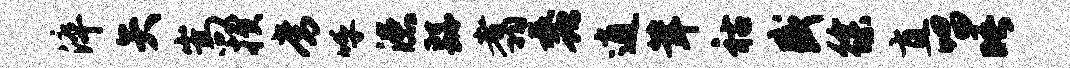
淬矢嵩揆常呼漶繇翥蠡逍茸祜盛徐直唱晤